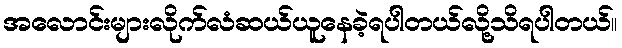
အလောင်းများလိုက်လံဆယ်ယူနေခဲ့ရပါတယ်လို့သိရပါတယ်။